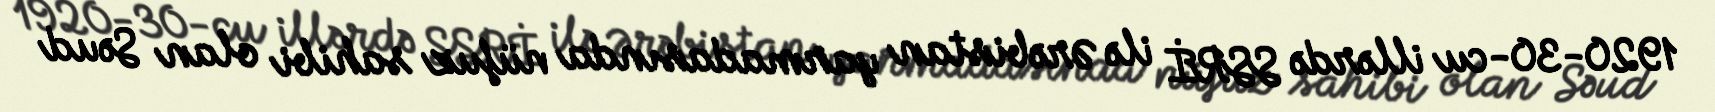
1920-30-cu illərdə SSRİ ilə Ərəbistan yarmadasında nüfuz sahibi olan Səud